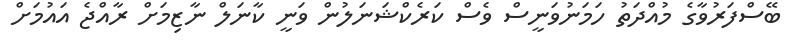
ބޭސްފަރުވާގެ މުއްދަތު ހަމަނުވަނީސް ވެސް ކަރެކްޝަނަލުން ވަނީ ކާނަލް ނާޒިމަށް ރާއްޖެ އައުމަށް